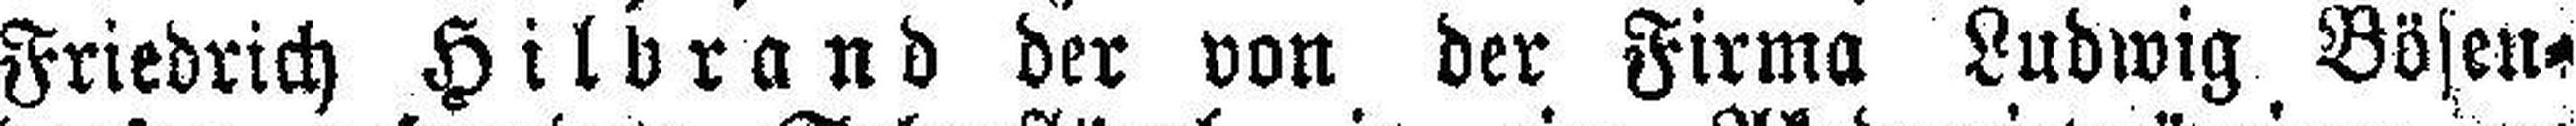
Friedrich Hilbrand der von der Firma Ludwig Bösen¬